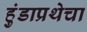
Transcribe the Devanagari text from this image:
हुंडाप्रथेचा